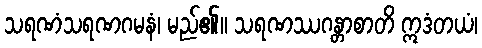
သရဏံသရဏဂမနံ၊ မည်၏။ သရဏဿဂန္တာစာတိ ဣဒံတယံ၊